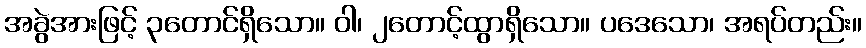
အခွဲအားဖြင့် ၃တောင်ရှိသော။ ဝါ၊ ၂တောင့်ထွာရှိသော။ ပဒေသော၊ အရပ်တည်း။